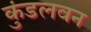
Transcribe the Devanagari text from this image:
कुंडलवन